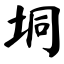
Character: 垌